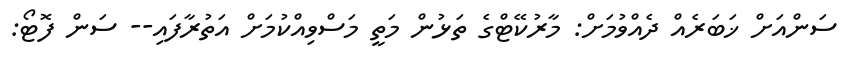
ސަންއަށް ޚަބަރެއް ދެއްވުމަށް: މާރުކޭޓްގެ ތަޅުން މަތީ މަސްވިއްކުމަށް އަތުރާފައި-- ސަން ފޮޓޯ: